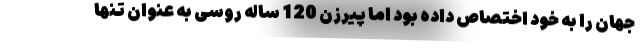
جهان را به خود اختصاص داده بود اما پیرزن 120 ساله روسی به عنوان تنها